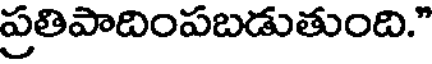
ప్రతిపాదింపబడుతుంది."